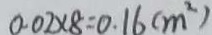
0 . 0 2 \times 8 = 0 . 1 6 ( m ^ { 2 } )